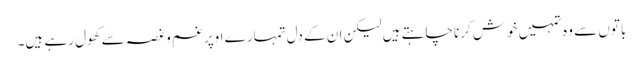
باتوں سے وہ تمہیں خوش کرنا چاہتے ہیں لیکن ان کے دل تمہارے اوپر غم و غصہ سے کھول رہے ہیں۔